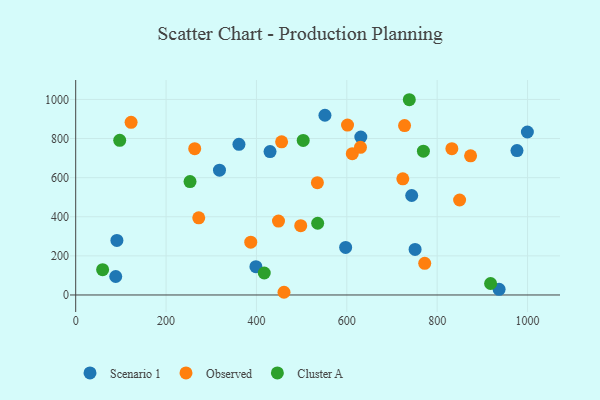
{"axis": {"x": "Ad Spend", "y": "Yield"}, "legend": ["Cluster A", "Observed", "Scenario 1"], "data": [{"x": "937.0", "y": 29.1, "type": "Scenario 1"}, {"x": "398.8", "y": 144.6, "type": "Scenario 1"}, {"x": "361.3", "y": 770.2, "type": "Scenario 1"}, {"x": "976.6", "y": 738.5, "type": "Scenario 1"}, {"x": "91.2", "y": 279.0, "type": "Scenario 1"}, {"x": "318.2", "y": 638.3, "type": "Scenario 1"}, {"x": "597.4", "y": 243.4, "type": "Scenario 1"}, {"x": "751.1", "y": 233.1, "type": "Scenario 1"}, {"x": "743.6", "y": 508.7, "type": "Scenario 1"}, {"x": "430.1", "y": 733.1, "type": "Scenario 1"}, {"x": "631.0", "y": 807.9, "type": "Scenario 1"}, {"x": "999.6", "y": 833.4, "type": "Scenario 1"}, {"x": "551.6", "y": 919.1, "type": "Scenario 1"}, {"x": "88.6", "y": 94.6, "type": "Scenario 1"}, {"x": "461.0", "y": 13.8, "type": "Observed"}, {"x": "772.4", "y": 161.7, "type": "Observed"}, {"x": "387.4", "y": 269.8, "type": "Observed"}, {"x": "263.4", "y": 748.1, "type": "Observed"}, {"x": "612.1", "y": 722.8, "type": "Observed"}, {"x": "873.9", "y": 711.8, "type": "Observed"}, {"x": "630.2", "y": 755.1, "type": "Observed"}, {"x": "727.8", "y": 866.2, "type": "Observed"}, {"x": "448.8", "y": 378.0, "type": "Observed"}, {"x": "455.7", "y": 783.4, "type": "Observed"}, {"x": "272.3", "y": 394.5, "type": "Observed"}, {"x": "723.9", "y": 593.9, "type": "Observed"}, {"x": "122.6", "y": 882.9, "type": "Observed"}, {"x": "601.6", "y": 868.8, "type": "Observed"}, {"x": "849.6", "y": 485.8, "type": "Observed"}, {"x": "832.5", "y": 748.0, "type": "Observed"}, {"x": "498.0", "y": 354.4, "type": "Observed"}, {"x": "534.9", "y": 574.1, "type": "Observed"}, {"x": "918.2", "y": 58.6, "type": "Cluster A"}, {"x": "253.0", "y": 579.9, "type": "Cluster A"}, {"x": "738.3", "y": 998.5, "type": "Cluster A"}, {"x": "417.3", "y": 112.5, "type": "Cluster A"}, {"x": "769.5", "y": 735.4, "type": "Cluster A"}, {"x": "503.5", "y": 790.2, "type": "Cluster A"}, {"x": "97.4", "y": 790.7, "type": "Cluster A"}, {"x": "59.6", "y": 129.4, "type": "Cluster A"}, {"x": "535.5", "y": 366.7, "type": "Cluster A"}]}